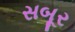
સબૂર